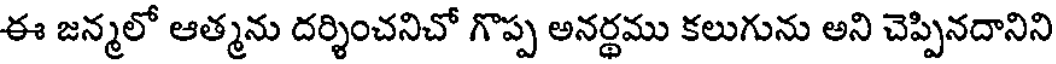
ఈ జన్మలో ఆత్మను దర్శించనిచో గొప్ప అనర్థము కలుగును అని చెప్పినదానిని